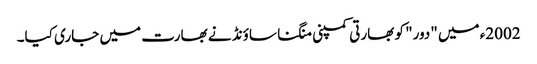
2002ء میں "دور" کو بھارتی کمپنی منگنا ساؤنڈ نے بھارت میں جاری کیا۔